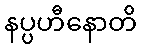
နပ္ပဟီနောတိ